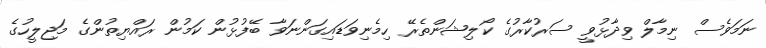
ނަމަވެސް ނިމާލް ވިދާޅުވީ ސަރުކާރުގެ ކޯލިޝަންތެރޭ ހިމެނިވަޑައިގަންނަވާ ބޭފުޅުން ކަމުން ރައްޔިތުންގެ މަޖިލީހުގެ